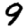
Digit: 9